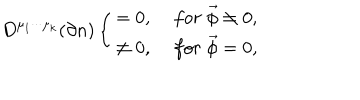
D ^ { \mu _ { 1 } \cdot \cdot \cdot \mu _ { k } } ( \partial n ) \left\{ \begin{array} { c c } { { = 0 , } } & { { \; f o r \; \vec { \phi } \neq 0 , } } \\ { { \neq 0 , } } & { { \; f o r \; \vec { \phi } = 0 , } } \\ \end{array} \right.